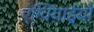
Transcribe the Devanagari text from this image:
एंग्वियाईयों